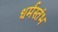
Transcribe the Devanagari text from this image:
धर्मस्तंभ